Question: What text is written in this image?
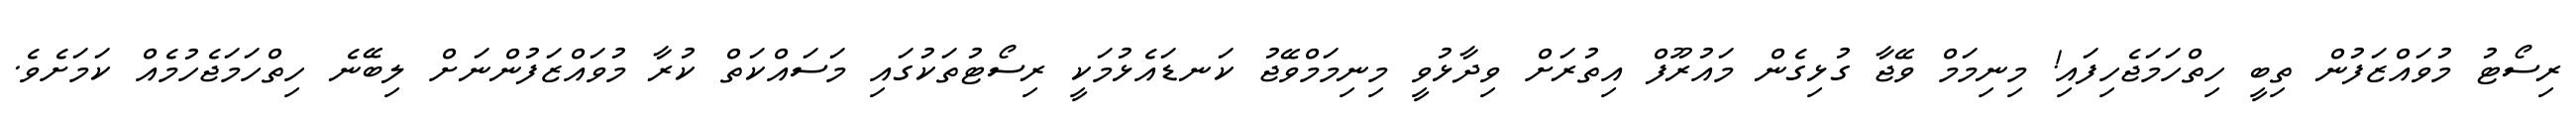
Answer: ރިސޯޓު މުވައްޒަފުން ތިބީ ހިތްހަމަޖެހިފައި! މިނިމަމް ވޭޖާ ގުޅިގެން މައުރޫފް އިތުރަށް ވިދާޅުވީ މިނިމަމްވޭޖު ކަނޑައެޅުމަކީ ރިސޯޓުތަކުގައި މަސައްކަތް ކުރާ މުވައްޒަފުންނަށް ލިބޭނެ ހިތްހަމަޖެހުމެއް ކަމަށެވެ.